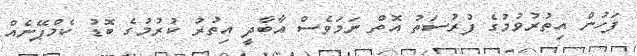
ފަހުން އިތުރުވުމުގެ ފުރުސަތު އޮތް ނަމަވެސް އާބާދީ އިތުރު ކުރުމުގެ ބޮޑު ކެމްޕޭނެއް